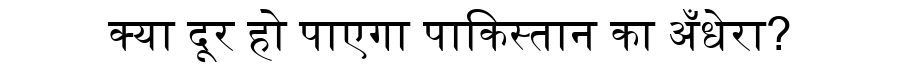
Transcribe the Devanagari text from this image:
क्या दूर हो पाएगा पाकिस्तान का अँधेरा?